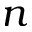
n